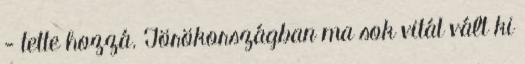
- tette hozzá. Törökországban ma sok vitát vált ki